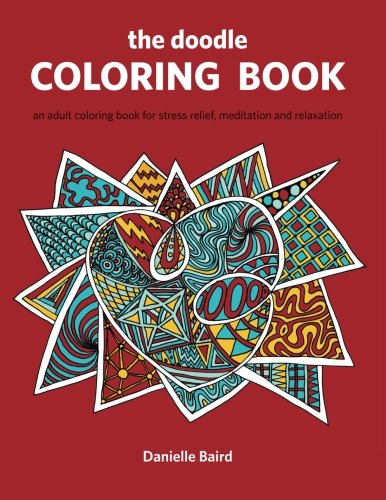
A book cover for The Doodle Coloring Book: An Adult Coloring Book for Stress Relief, Meditation and Relaxation; Danielle Baird; Self-Help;